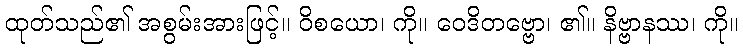
ထုတ်သည်၏ အစွမ်းအားဖြင့်။ ဝိစယော၊ ကို။ ဝေဒိတဗ္ဗော၊ ၏။ နိဗ္ဗာနဿ၊ ကို။